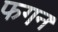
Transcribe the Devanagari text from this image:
फगन